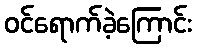
ဝင်ရောက်ခဲ့ကြောင်း